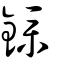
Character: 鏷